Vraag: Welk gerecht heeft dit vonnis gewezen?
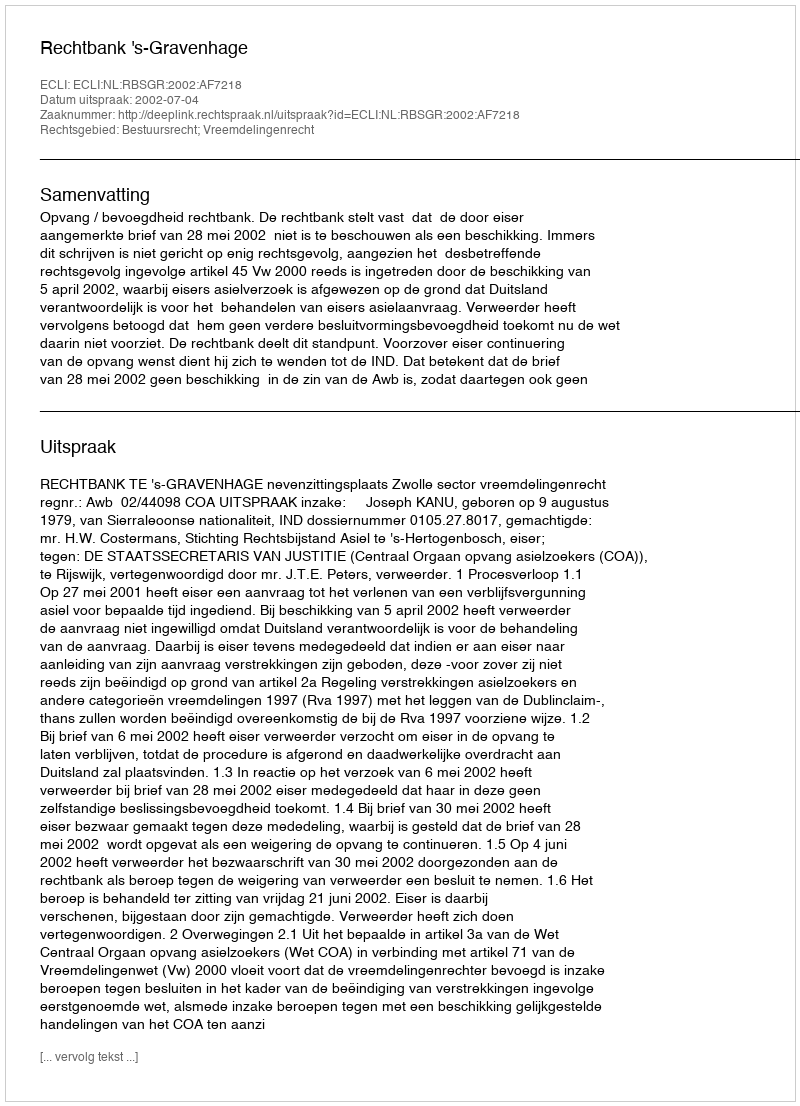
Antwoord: Rechtbank 's-Gravenhage